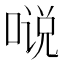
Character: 𱓤